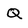
Character: Q